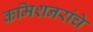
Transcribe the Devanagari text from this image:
कमिशनरांचे